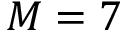
M = 7